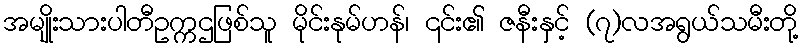
အမျိုးသားပါတီဥက္ကဌဖြစ်သူ မိုင်းနုမ်ဟန်၊ ၎င်း၏ ဇနီးနှင့် (၇)လအရွယ်သမီးတို့